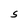
Character: S